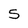
Character: 5